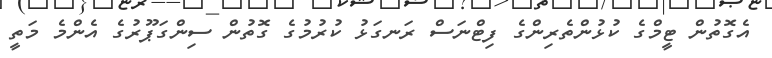
އެގޮތުން ޓީމްގެ ކުޅުންތެރިންގެ ފިޓްނަސް ރަނގަޅު ކުރުމުގެ ގޮތުން ސިންގަޕޫރުގެ އެންމެ މަތީ